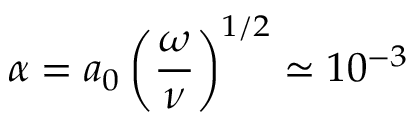
\alpha = a _ { 0 } \left( \frac { \omega } { \nu } \right) ^ { 1 / 2 } \simeq 1 0 ^ { - 3 }